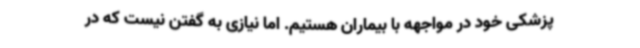
پزشکی خود در مواجهه با بیماران هستیم. اما نیازی به گفتن نیست که در